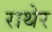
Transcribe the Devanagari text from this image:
राथेर